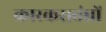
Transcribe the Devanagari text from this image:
कारकसबंधों